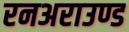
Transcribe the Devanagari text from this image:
रनअराउण्ड